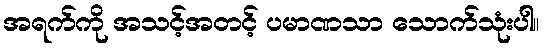
အရက်ကို အသင့်အတင့် ပမာဏသာ သောက်သုံးပါ။